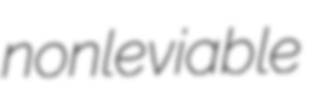
nonleviable